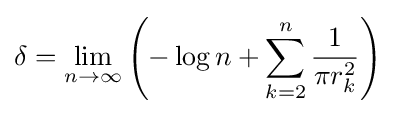
\delta =\lim _{n\to \infty }\left(-\log n+\sum _{k=2}^{n}{\frac {1}{\pi r_{k}^{2}}}\right)